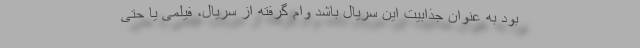
بود به عنوان جذابیت این سریال باشد وام گرفته از سریال، فیلمی یا حتی